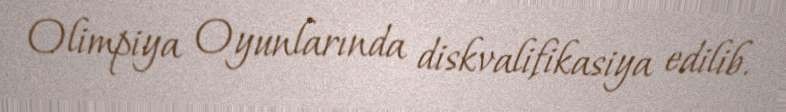
Olimpiya Oyunlarında diskvalifikasiya edilib.